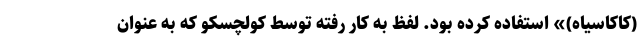
(کاکاسیاه)» استفاده کرده بود. لفظ به کار رفته توسط کولچسکو که به عنوان